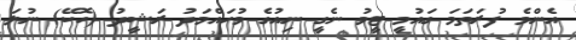
އެންމެ ފުރަތަމަ ގައުމީ ޓީމު ނެގީ ނިއުގެ މުހައްމަދު ރަޝީދު (ހޮކޭ) ނުލަ